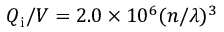
Q _ { \mathrm { i } } / V = 2 . 0 \times 1 0 ^ { 6 } ( n / \lambda ) ^ { 3 }